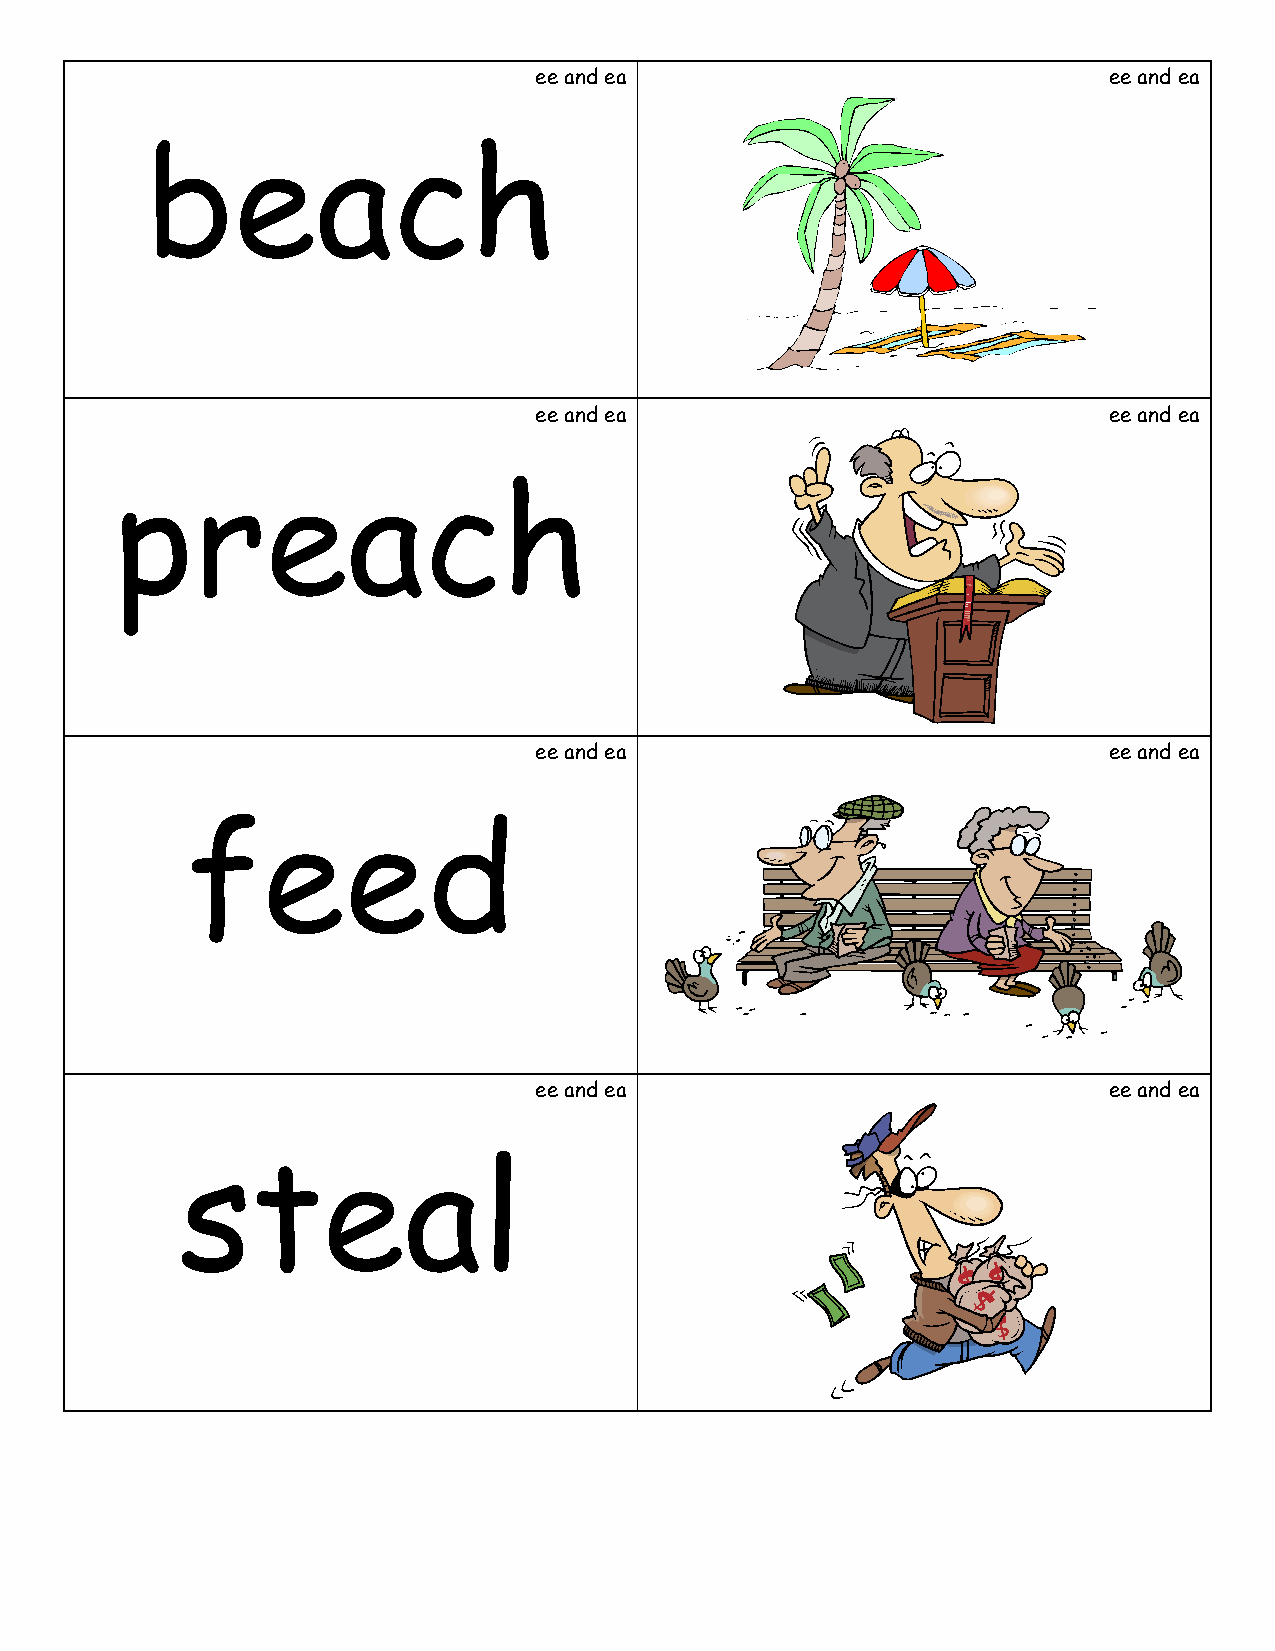
ee and ea                             ee and ea
 beach
 ee and ea                             ee and ea
 preach
 ee and ea                             ee and ea
 feed
 ee and ea                             ee and ea
 steal